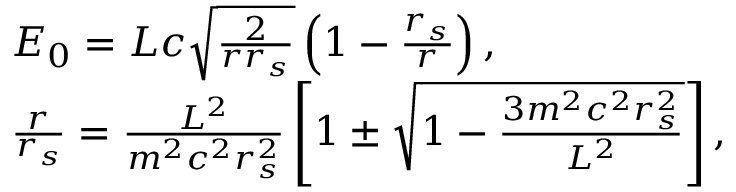
\begin{array} { l } { { \cal { E } } _ { 0 } = { \cal { L } } c \sqrt \frac { 2 } { r r _ { s } } \left( 1 - \frac { r _ { s } } { r } \right) , } \\ { \frac { r } { r _ { s } } = \frac { { \cal { L } } ^ { 2 } } { m ^ { 2 } c ^ { 2 } r _ { s } ^ { 2 } } \left[ 1 \pm \sqrt { 1 - \frac { 3 m ^ { 2 } c ^ { 2 } r _ { s } ^ { 2 } } { { \cal { L } } ^ { 2 } } } \right] , } \end{array}